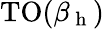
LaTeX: \mathrm{TO}(\beta_{\mathrm{~h~}})